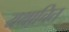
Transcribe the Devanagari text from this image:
यथाचित